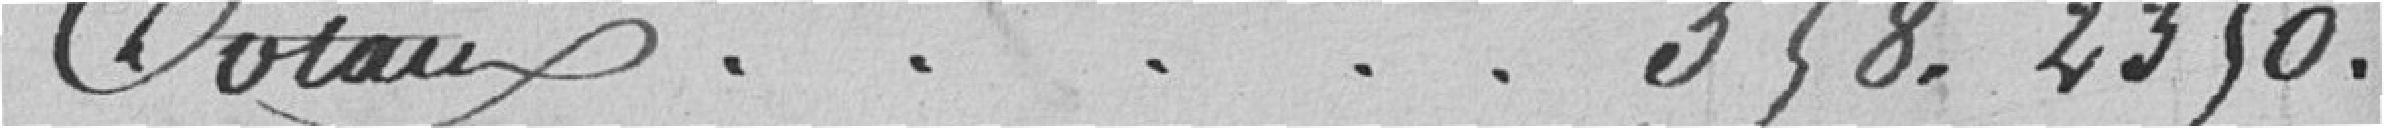
Totaux .................................   358.2350 francs